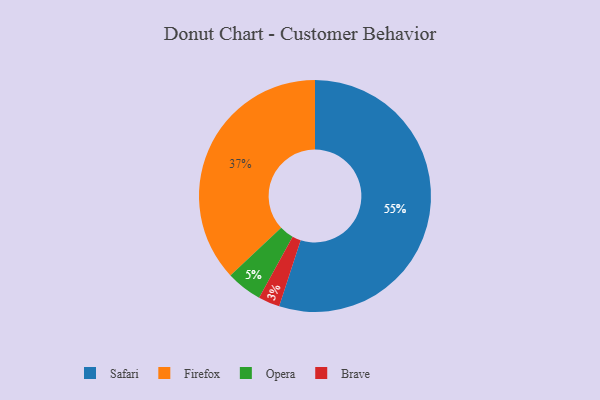
{"axis": {"x": "Category", "y": "Percentage"}, "legend": ["Brave", "Firefox", "Opera", "Safari"], "data": [{"x": "Firefox", "y": 37, "type": "Firefox"}, {"x": "Brave", "y": 3, "type": "Brave"}, {"x": "Opera", "y": 5, "type": "Opera"}, {"x": "Safari", "y": 55, "type": "Safari"}]}